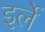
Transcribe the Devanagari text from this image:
इर्ले